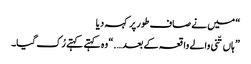
“ میں نے صاف طور پر کہہ دیا
” ہاں تّنی والے واقعہ کے بعد….“ وہ کہتے کہتے رُک گیا۔